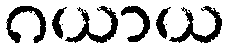
ဂယာယ